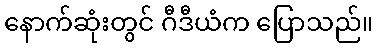
နောက်ဆုံးတွင် ဂီဒီယံက ပြောသည်။